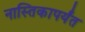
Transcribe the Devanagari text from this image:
नास्तिकापर्यंत